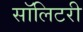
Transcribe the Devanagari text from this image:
सॉलिटरी